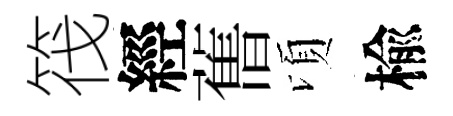
筏經𦾔頃楡